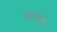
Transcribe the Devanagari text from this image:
स्टूडीओ